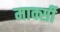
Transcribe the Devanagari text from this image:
मार्क्सी